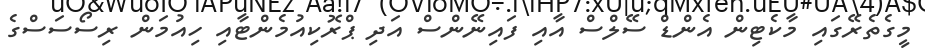
މީގެތެރޭގައި މާކެޓިން އެންޑް ސޭލްސް އާއި ފައިނޭންސް އަދި ޕްރޮކިއުމެންޓާއި ހިއުމަން ރިސޯސަސްގެ